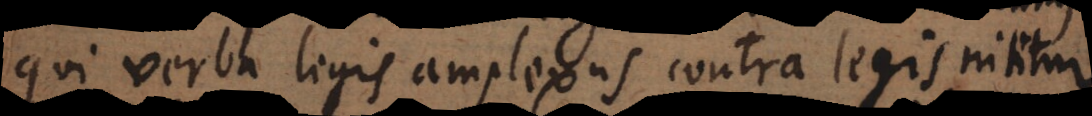
qui verba legis amplexus contra legis nititur